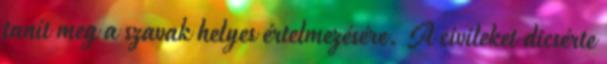
tanít meg a szavak helyes értelmezésére. A civileket dicsérte